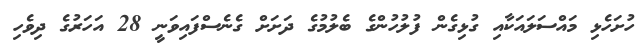
ހުށަހެޅި މައްސަލައަކާއި ގުޅިގެން ފުލުހުންގެ ބެލުމުގެ ދަށަށް ގެނެސްފައިވަނީ 28 އަހަރުގެ ދިވެހި